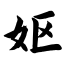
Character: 妪